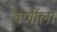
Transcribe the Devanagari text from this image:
वर्णीला